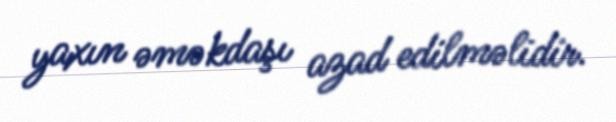
yaxın əməkdaşı azad edilməlidir.